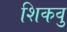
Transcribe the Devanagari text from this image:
शिकवु